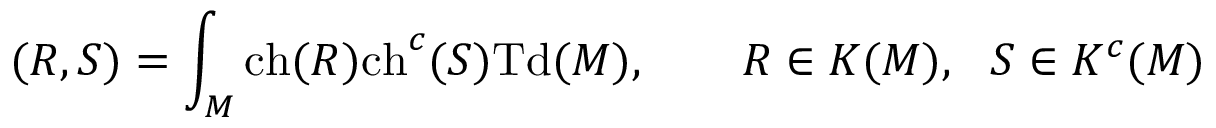
( R , S ) = \int _ { M } \mathrm { c h } ( R ) \mathrm { c h } ^ { c } ( S ) \mathrm { T d } ( M ) , \qquad R \in K ( M ) , ~ ~ S \in K ^ { c } ( M )